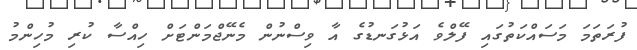
ފުރަތަމަ މަސައްކަތުގައި ފޭލްވެ އަޅުގަނޑުގެ އާ ވިސްނުން މެނޭޖްމަންޓަށް ހިއްސާ ކުރި މުހިންމު